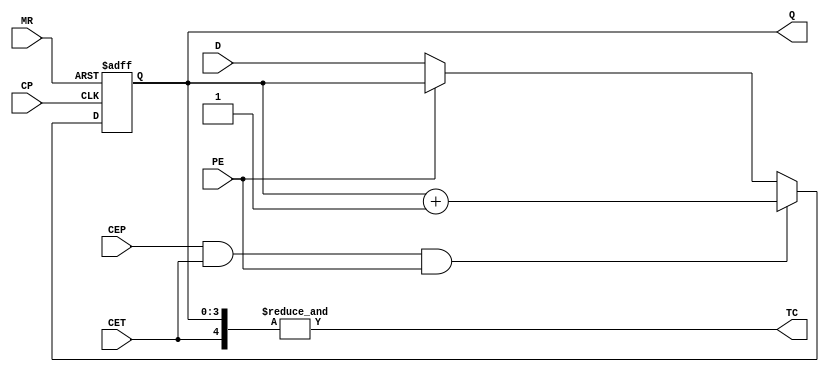
module HC_161(Q, TC, MR, CP, CEP, CET, PE, D);

	input MR, CP, CEP, CET, PE;
	input [3:0] D;
	output TC;
	output [3:0] Q;
	
	reg TC;
	reg [3:0] Q;

	always@(negedge MR, posedge CP)
		if(!MR)
			Q = 0;
		else if(CEP & CET & PE)
			Q = Q+1;
		else if(!PE)
			Q = D;
		
	assign TC = &{CET, Q};

endmodule